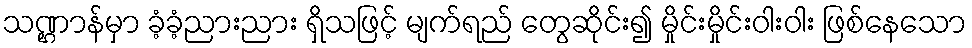
သဏ္ဌာန်မှာ ခံ့ခံ့ညားညား ရှိသဖြင့် မျက်ရည် တွေဆိုင်း၍ မှိုင်းမှိုင်းဝါးဝါး ဖြစ်နေသော